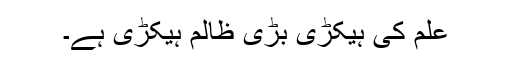
علم کی ہیکڑی بڑی ظالم ہیکڑی ہے۔